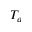
T _ { a }